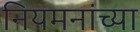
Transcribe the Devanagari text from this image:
नियमनांच्या